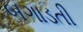
બગાડતી